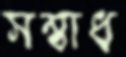
সম্বাধ